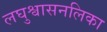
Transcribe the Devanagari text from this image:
लघुश्वासनलिका